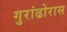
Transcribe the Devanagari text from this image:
गुरांढोरास